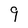
Character: 9